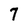
Character: 7